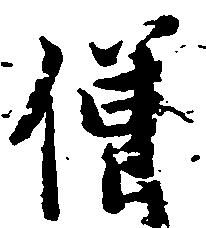
僧